Leaving Certificate Examination (including Day School Certificate (Higher) General paper), 1932
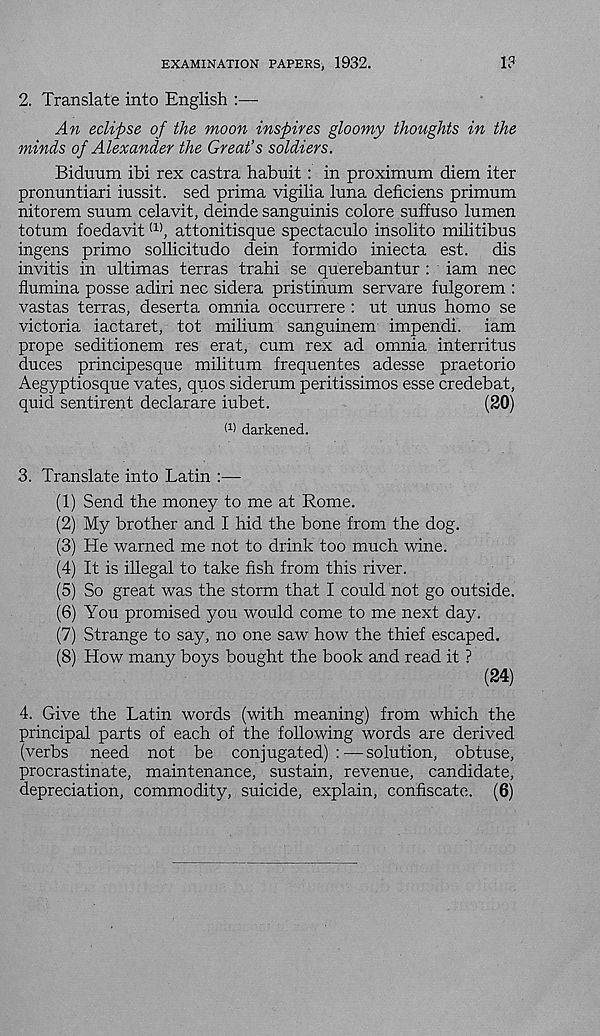
EXAMINATION PAPERS, 1932.
1?
2. Translate into English :—
An eclipse of the moon inspires gloomy thoughts in the
minds of Alexander the Great’s soldiers.
Biduum ibi rex castra habuit : in proximum diem iter
pronuntiari iussit. sed prima vigilia luna deficiens primum
nitorem suum celavit, deinde sanguinis colore suffuso lumen
totum foedavit (1) , attonitisque spectaculo insolito militibus
ingens prime sollicitudo dein formido iniecta est. dis
invitis in ultimas terras trahi se querebantur : iam nec
flumina posse adiri nec sidera pristinum servare fulgorem :
vastas terras, deserta omnia occurrere : ut unus homo se
victoria iactaret, tot milium sanguinem impendi. iam
prope seditionem res erat, cum rex ad omnia interritus
duces principesque militum frequentes adesse praetorio
Aegyptiosque vates, quos siderum peritissimos esse credebat,
quid sentirent declarare iubet.
(20)
W darkened.
3. Translate into Latin :—
(1) Send the money to me at Rome.
(2) My brother and I hid the bone from the dog.
(3) He warned me not to drink too much wine.
(4) It is illegal to take fish from this river.
(5) So great was the storm that I could not go outside.
(6) You promised you would come to me next day.
(7) Strange to say, no one saw how the thief escaped.
(8) How many boys bought the book and read it ?
(24)
4. Give the Latin words (with meaning) from which the
principal parts of each of the following words are derived
(verbs need not be conjugated):—solution, obtuse,
procrastinate, maintenance, sustain, revenue, candidate,
depreciation, commodity, suicide, explain, confiscate. (6)